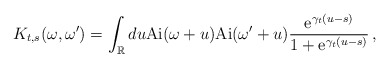
\begin{align*} K_{t,s}(\omega,\omega') = \int_\mathbb{R} du \mathrm{Ai}(\omega+u) \mathrm{Ai}(\omega'+u) \frac{\mathrm{e}^{\gamma_t(u-s)}}{1+\mathrm{e}^{\gamma_t(u-s)}} \,,\end{align*}